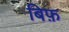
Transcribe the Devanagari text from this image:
बिफ़